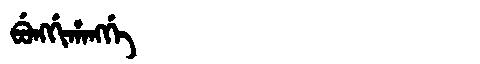
Manchu: ᠪᡠᠩᡤᡳᡥᠠᠩᡤᡝ
Romanization: BUNGGIHANGGE